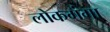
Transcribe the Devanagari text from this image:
लोकगंगा